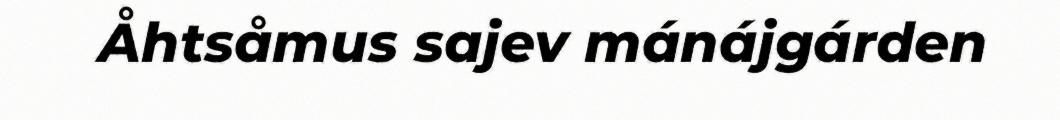
Åhtsåmus sajev mánájgárden